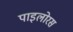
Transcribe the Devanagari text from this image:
पाइलोरस